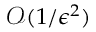
\mathcal { O } ( 1 / \epsilon ^ { 2 } )